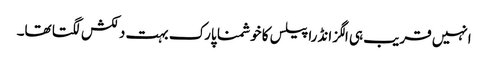
انہیں قریب ہی الگزانڈرا پیلس کا خوشمنا پارک بہت دلکش لگتا تھا۔